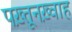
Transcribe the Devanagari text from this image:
पख़्तूनख़्वाह